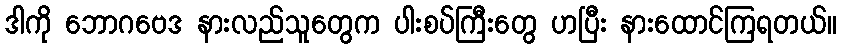
ဒါကို ဘောဂဗေဒ နားလည်သူတွေက ပါးစပ်ကြီးတွေ ဟပြီး နားထောင်ကြရတယ်။